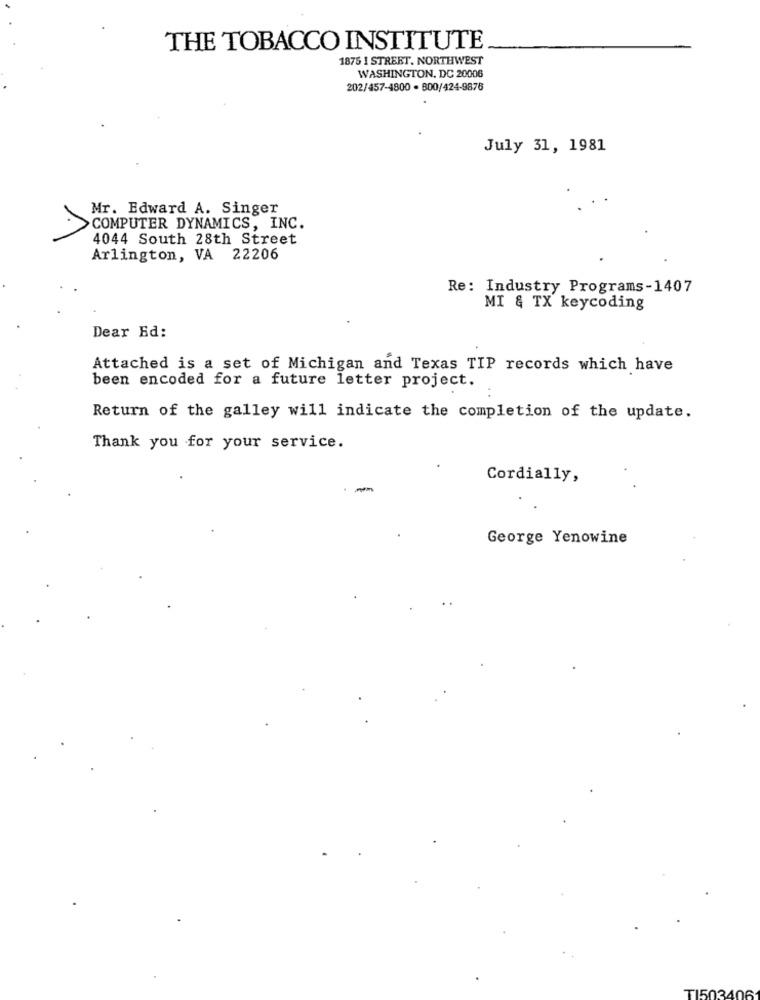
THE TOBACCO INSTITUTE
1875 1 STREET. NORTHWEST
WASHINGTON, DC 20006
202/457-4800 - 800/424-9876
July 31, 1981
Mr. Edward A. Singer
COMPUTER DYNAMICS, INC.
4044 South 28th Street
Arlington, VA 22206
Re: Industry Programs-1407
MI & TX keycoding
Dear Ed:
Attached is a set of Michigan and Texas TIP records which have
been encoded for a future letter project.
Return of the galley will indicate the completion of the update.
Thank you for your service.
Cordially,
-
George Yenowine
TI50340